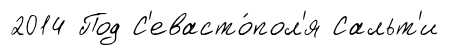
2014 Под С'евасто́пол'я Сальт'и